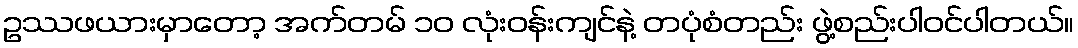
ဥဿဖယားမှာတော့ အက်တမ် ၁၀ လုံးဝန်းကျင်နဲ့ တပုံစံတည်း ဖွဲ့စည်းပါဝင်ပါတယ်။